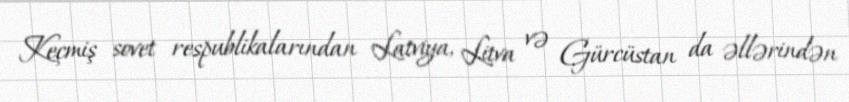
Keçmiş sovet respublikalarından Latviya, Litva və Gürcüstan da əllərindən